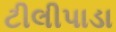
ટીલીપાડા